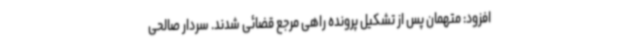
افزود: متهمان پس از تشکیل پرونده راهی مرجع قضائی شدند. سردار صالحی